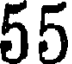
55